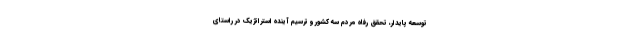
توسعه پایدار، تحقق رفاه مردم سه کشور و ترسیم آینده استراتژیک در راستای